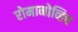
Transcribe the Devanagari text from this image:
रोमानोव्हिच